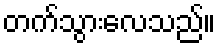
တက်သွားလေသည်။